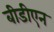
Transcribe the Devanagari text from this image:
बीडीएन